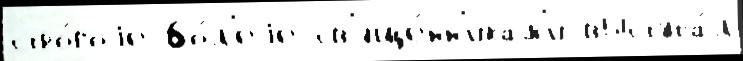
стро́гоjе бо́л'еjе св'яще́нн'икам'и выступа́л